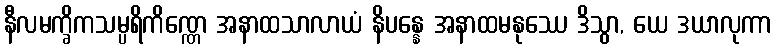
နီလမက္ခိကသမ္ပရိကိဏ္ဏေ အနာထသာလာယံ နိပန္နေ အနာထမနုဿေ ဒိသွာ, ယေ ဒယာလုကာ